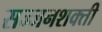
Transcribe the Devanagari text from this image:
सज्जनशक्ती